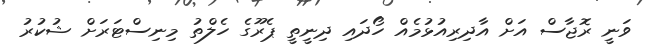
ވަނީ ރޮޖާސް އަށް އާދިރިއުޅުމެއް ހޯދައި ދިނީތީ ޕެރޫގެ ހެލްތު މިނިސްޓަރަށް ޝުކުރު